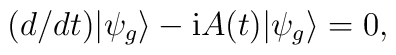
(d/dt)|{\psi}_g\rangle - {\rm i}A(t)|\psi_g\rangle = 0,